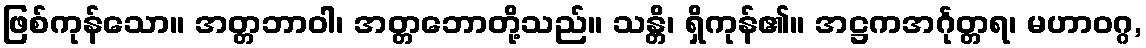
ဖြစ်ကုန်သော။ အတ္တဘာဝါ၊ အတ္တဘောတို့သည်။ သန္တိ၊ ရှိကုန်၏။ အဋ္ဌကအင်္ဂုတ္တရ၊ မဟာဝဂ္ဂ,